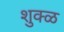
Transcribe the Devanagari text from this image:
शुक्ळ